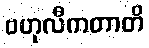
ဗဟုလီကတာတိ